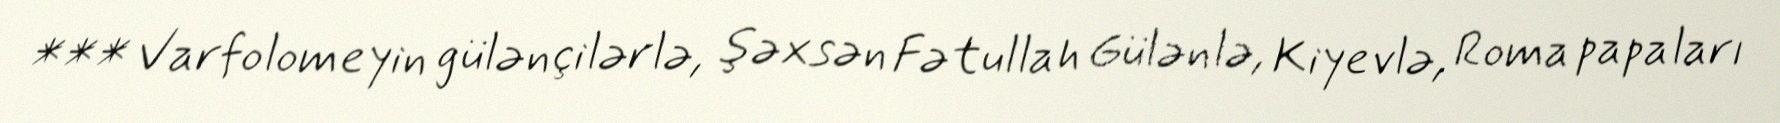
*** Varfolomeyin gülənçilərlə, şəxsən Fətullah Gülənlə, Kiyevlə, Roma papaları